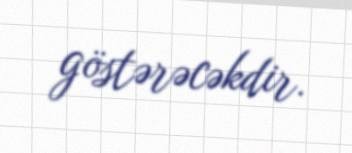
göstərəcəkdir.